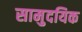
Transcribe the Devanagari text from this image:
सामुदयिक